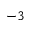
^ { - 3 }